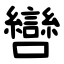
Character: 㘘